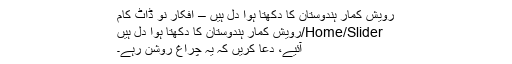
رویش کمار ہندوستان کا دکھتا ہوا دل ہیں – افکارِ نو ڈاٹ کام
Home/Slider/رویش کمار ہندوستان کا دکھتا ہوا دل ہیں
آئیے، دعا کریں کہ یہ چراغ روشن رہے۔